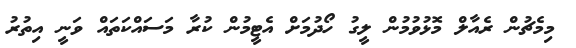
މިމެޗުން ރެއާލް މޮޅުވުމުން ލީގު ހޯދުމަށް އެޓީމުން ކުރާ މަސައްކަތައް ވަނީ އިތުރު